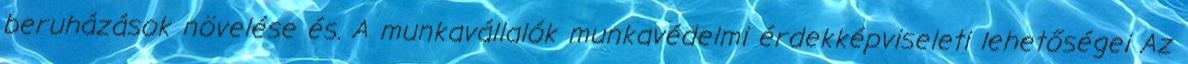
beruházások növelése és. A munkavállalók munkavédelmi érdekképviseleti lehetőségei Az